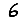
Digit: 6